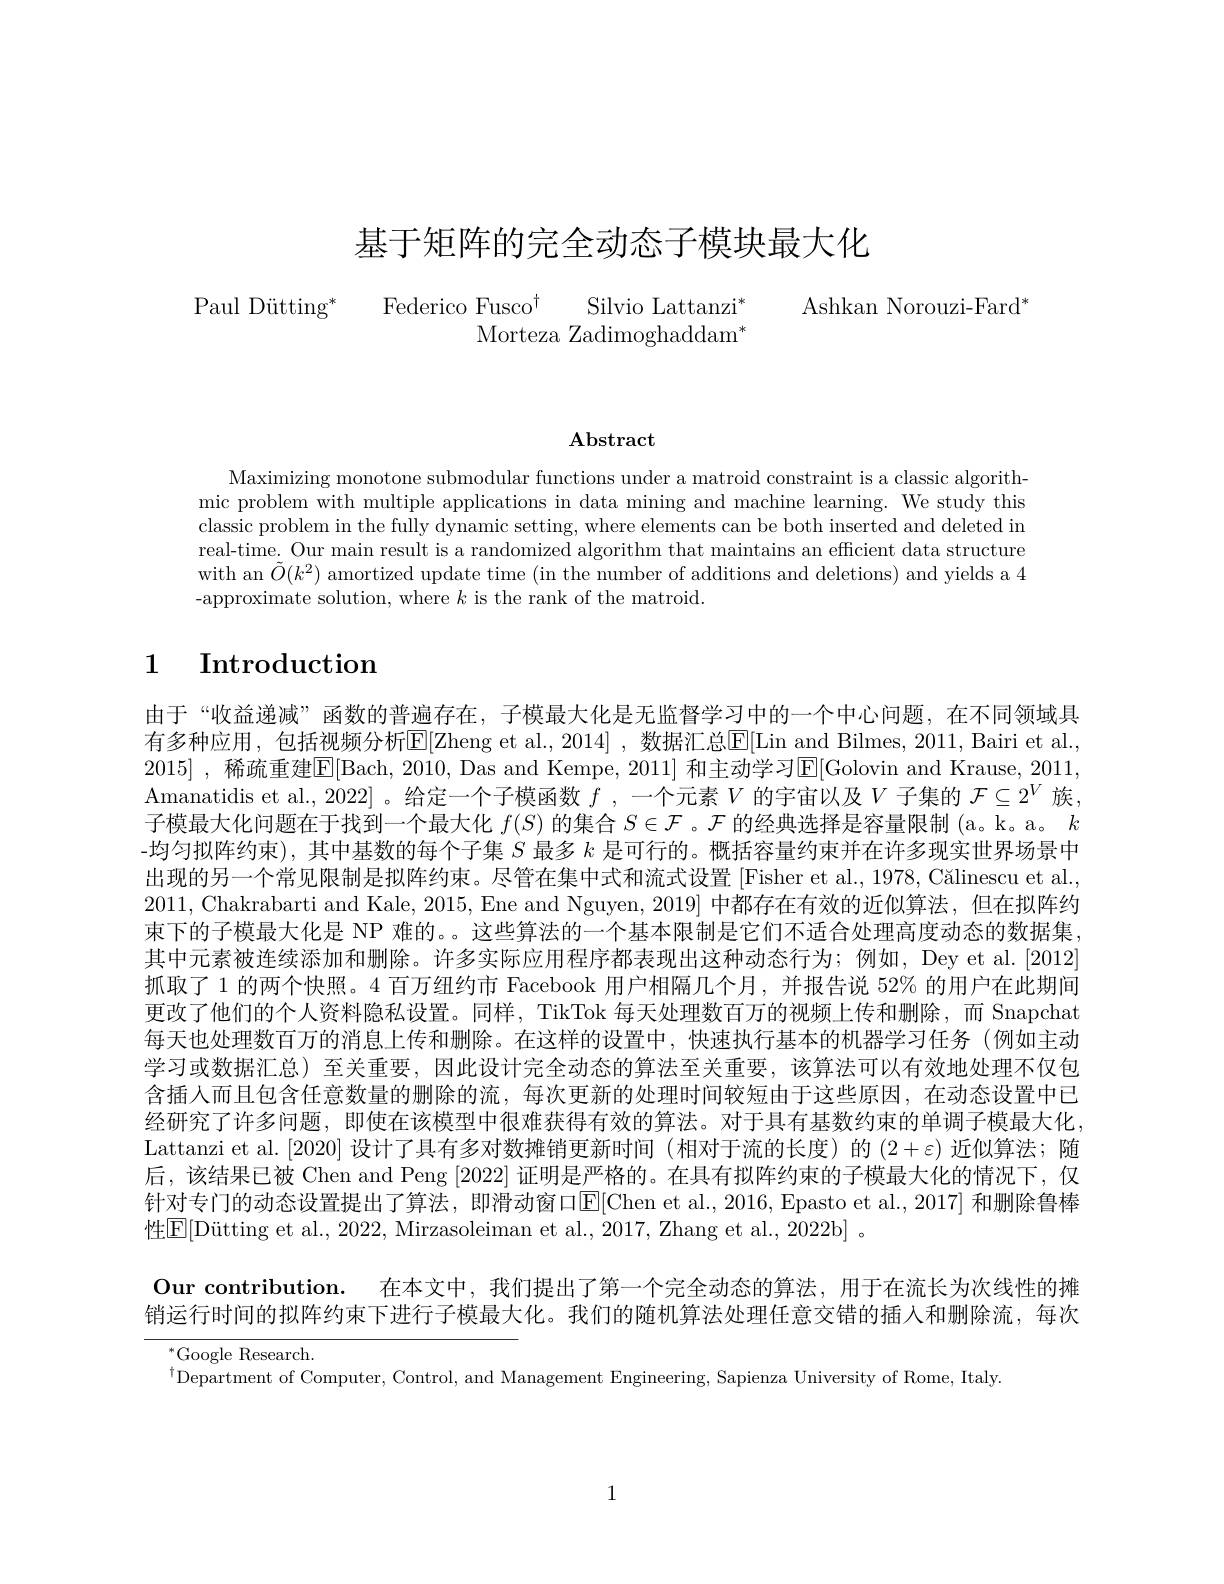
# 基于矩阵的完全动态子模块最大化

Ashkan Norouzi-Fard$^*$

Paul Dütting$^*$ Federico Fusco$^\dagger$ Silvio Lattanzi$^*$
$\mathrm{Morteza~Zadimoghaddam}^{*}$

$\mathbf{Abstract}$

Maximizing monotone submodular functions under a matroid constraint is a classic algorithmic problem with multiple applications in data mining and machine learning. We study this classic problem in the fully dynamic setting, where elements can be both inserted and deleted in real-time. Our main result is a randomized algorithm that maintains an effcient data structure with an $\tilde{O}(k^2)$ amortized update time (in the number of additions and deletions) and yields a 4 -approximate solution, where $k$ is the rank of the matroid.

# 1 Introduction

由于“收益递减”函数的普遍存在，子模最大化是无监督学习中的一个中心问题，在不同领域具有多种应用，包括视频分析$\overline{\mathbb{E}}[$Zheng et al.,2014] ,数据汇总$\underline{\mathbb{E}}[$Lin and Bilmes, 2011, Bairi et al., 2015] ,稀疏重建$\overline{\mathrm{E}}[$Bach, 2010, Das and Kempe, 2011] 和主动学习$\overline{\mathrm{E}}[$Golovin and Krause, 2011, Amanatidis et al., 2022] 。给定一个子模函数$f$ ,一个元素$V$的宇宙以及$V$子集的$\mathcal{F}\subseteq2^V$族， 子模最大化问题在于找到一个最大化$f(S)$的集合$S\in\mathcal{F}$ 。$\mathcal{F}$的经典选择是容量限制 (a。k。a。$k$ -均匀拟阵约束), 其中基数的每个子集$S$最多$k$是可行的。概括容量约束并在许多现实世界场景中出现的另一个常见限制是拟阵约束。尽管在集中式和流式设置[Fisher et al., 1978, Călinescu et al., 2011, Chakrabarti and Kale, 2015, Ene and Nguyen, 2019]中都存在有效的近似算法，但在拟阵约束下的子模最大化是 NP 难的。。这些算法的一个基本限制是它们不适合处理高度动态的数据集， 其中元素被连续添加和删除。许多实际应用程序都表现出这种动态行为；例如，Dey et al.[2012] 抓取了1的两个快照。4 百万纽约市 Facebook 用户相隔几个月，并报告说 52% 的用户在此期间更改了他们的个人资料隐私设置。同样，TikTok 每天处理数百万的视频上传和删除，而 Snapchat 每天也处理数百万的消息上传和删除。在这样的设置中，快速执行基本的机器学习任务(例如主动学习或数据汇总)至关重要，因此设计完全动态的算法至关重要，该算法可以有效地处理不仅包含插人而且包含任意数量的删除的流，每次更新的处理时间较短由于这些原因，在动态设置中已经研究了许多问题，即使在该模型中很难获得有效的算法。对于具有基数约束的单调子模最大化Lattanzi et al.[2020] 设计了具有多对数摊销更新时间 (相对于流的长度)的$(2+\varepsilon)$近似算法；随后，该结果已被 Chen and Peng [2022]证明是严格的。在具有拟阵约束的子模最大化的情况下，仅针对专门的动态设置提出了算法，即滑动窗口$\mathbb{E}[$Chen et al.,2016, Epasto et al.,2017] 和删除鲁棒性$\boxed{\mathrm{E} }[ \text{D\" {u}ttingetal. , 2022, Mirzasoleiman et al. , 2017, Zhang et al. , 2022b] 。}$
$\textbf{Our contribution. }$ 在 本 文 中 , 我 们 提 出 了 第 一 个 完 全 动 态 的 算 法 , 用 于 在 流 长 为 次 线 性 的 摊 销运行时间的拟阵约束下进行子模最大化。我们的随机算法处理任意交错的插入和删除流，每次

$^{*}$Google Research

$^{\prime}$Department of Computer, Control, and Management Engineering, Sapienza University of Rome, Italy.

1